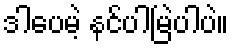
ဒါပေမဲ့ နင်ပါမြဲပါပဲ။